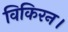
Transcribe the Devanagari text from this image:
विकिरन।